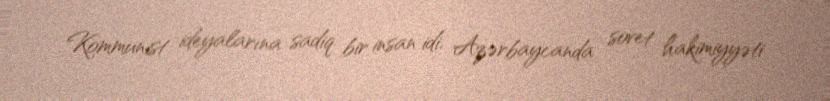
Kommunist ideyalarına sadiq bir insan idi. Azərbaycanda sovet hakimiyyəti